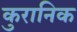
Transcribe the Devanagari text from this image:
कुरानिक